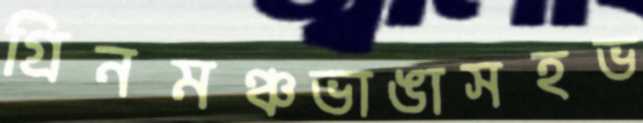
গ্রিনমঞ্চভাঙাসহভ